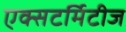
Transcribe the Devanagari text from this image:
एक्सटर्मिटीज